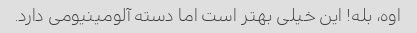
اوه، بله! این خیلی بهتر است اما دسته آلومینیومی دارد.